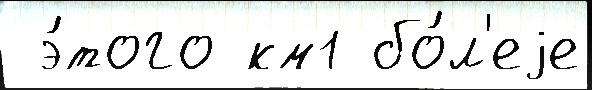
 э́того км1 бо́л'еjе